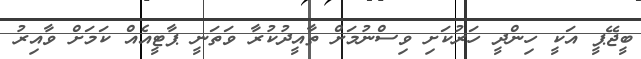
ބީޖޭޕީ އަކީ ހިންދީ ހަރުކަށި ވިސްނުމަށް ތާއީދުކުރާ ވަތަނީ ޕާޓީއެއް ކަމަށް ވާއިރު